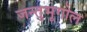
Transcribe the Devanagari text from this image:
जन्तुभूगोल